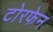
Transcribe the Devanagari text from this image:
टोरफेन